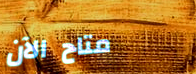
متاح الآن